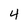
Character: 4